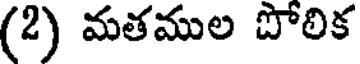
(2) మతముల పోలిక